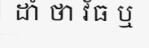
ដាំ ថា វ័ធ ឬ